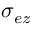
\sigma _ { e z }